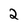
Character: 2